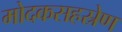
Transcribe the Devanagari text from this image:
मोदकसहस्रेण